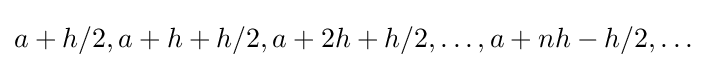
a+h/2,a+h+h/2,a+2h+h/2,\ldots ,a+nh-h/2,\ldots